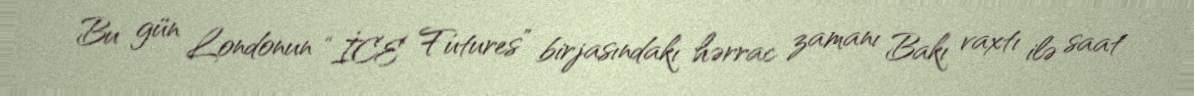
Bu gün Londonun “İCE Futures” birjasındakı hərrac zamanı Bakı vaxtı ilə saat